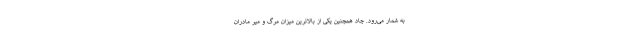
به شمار می‌رود. چاد همچنین یکی از بالاترین میزان مرگ و میر مادران